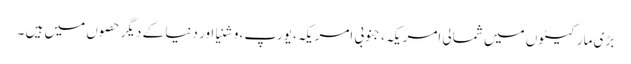
بڑی مارکیٹوں میں شمالی امریکہ، جنوبی امریکہ، یورپ، وشنیا اور دنیا کے دیگر حصوں میں ہیں ۔